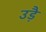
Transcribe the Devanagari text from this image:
उड़ै